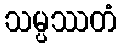
သမ္ပဿတံ